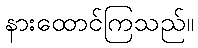
နားထောင်ကြသည်။